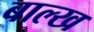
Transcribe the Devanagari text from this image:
बाल्ख